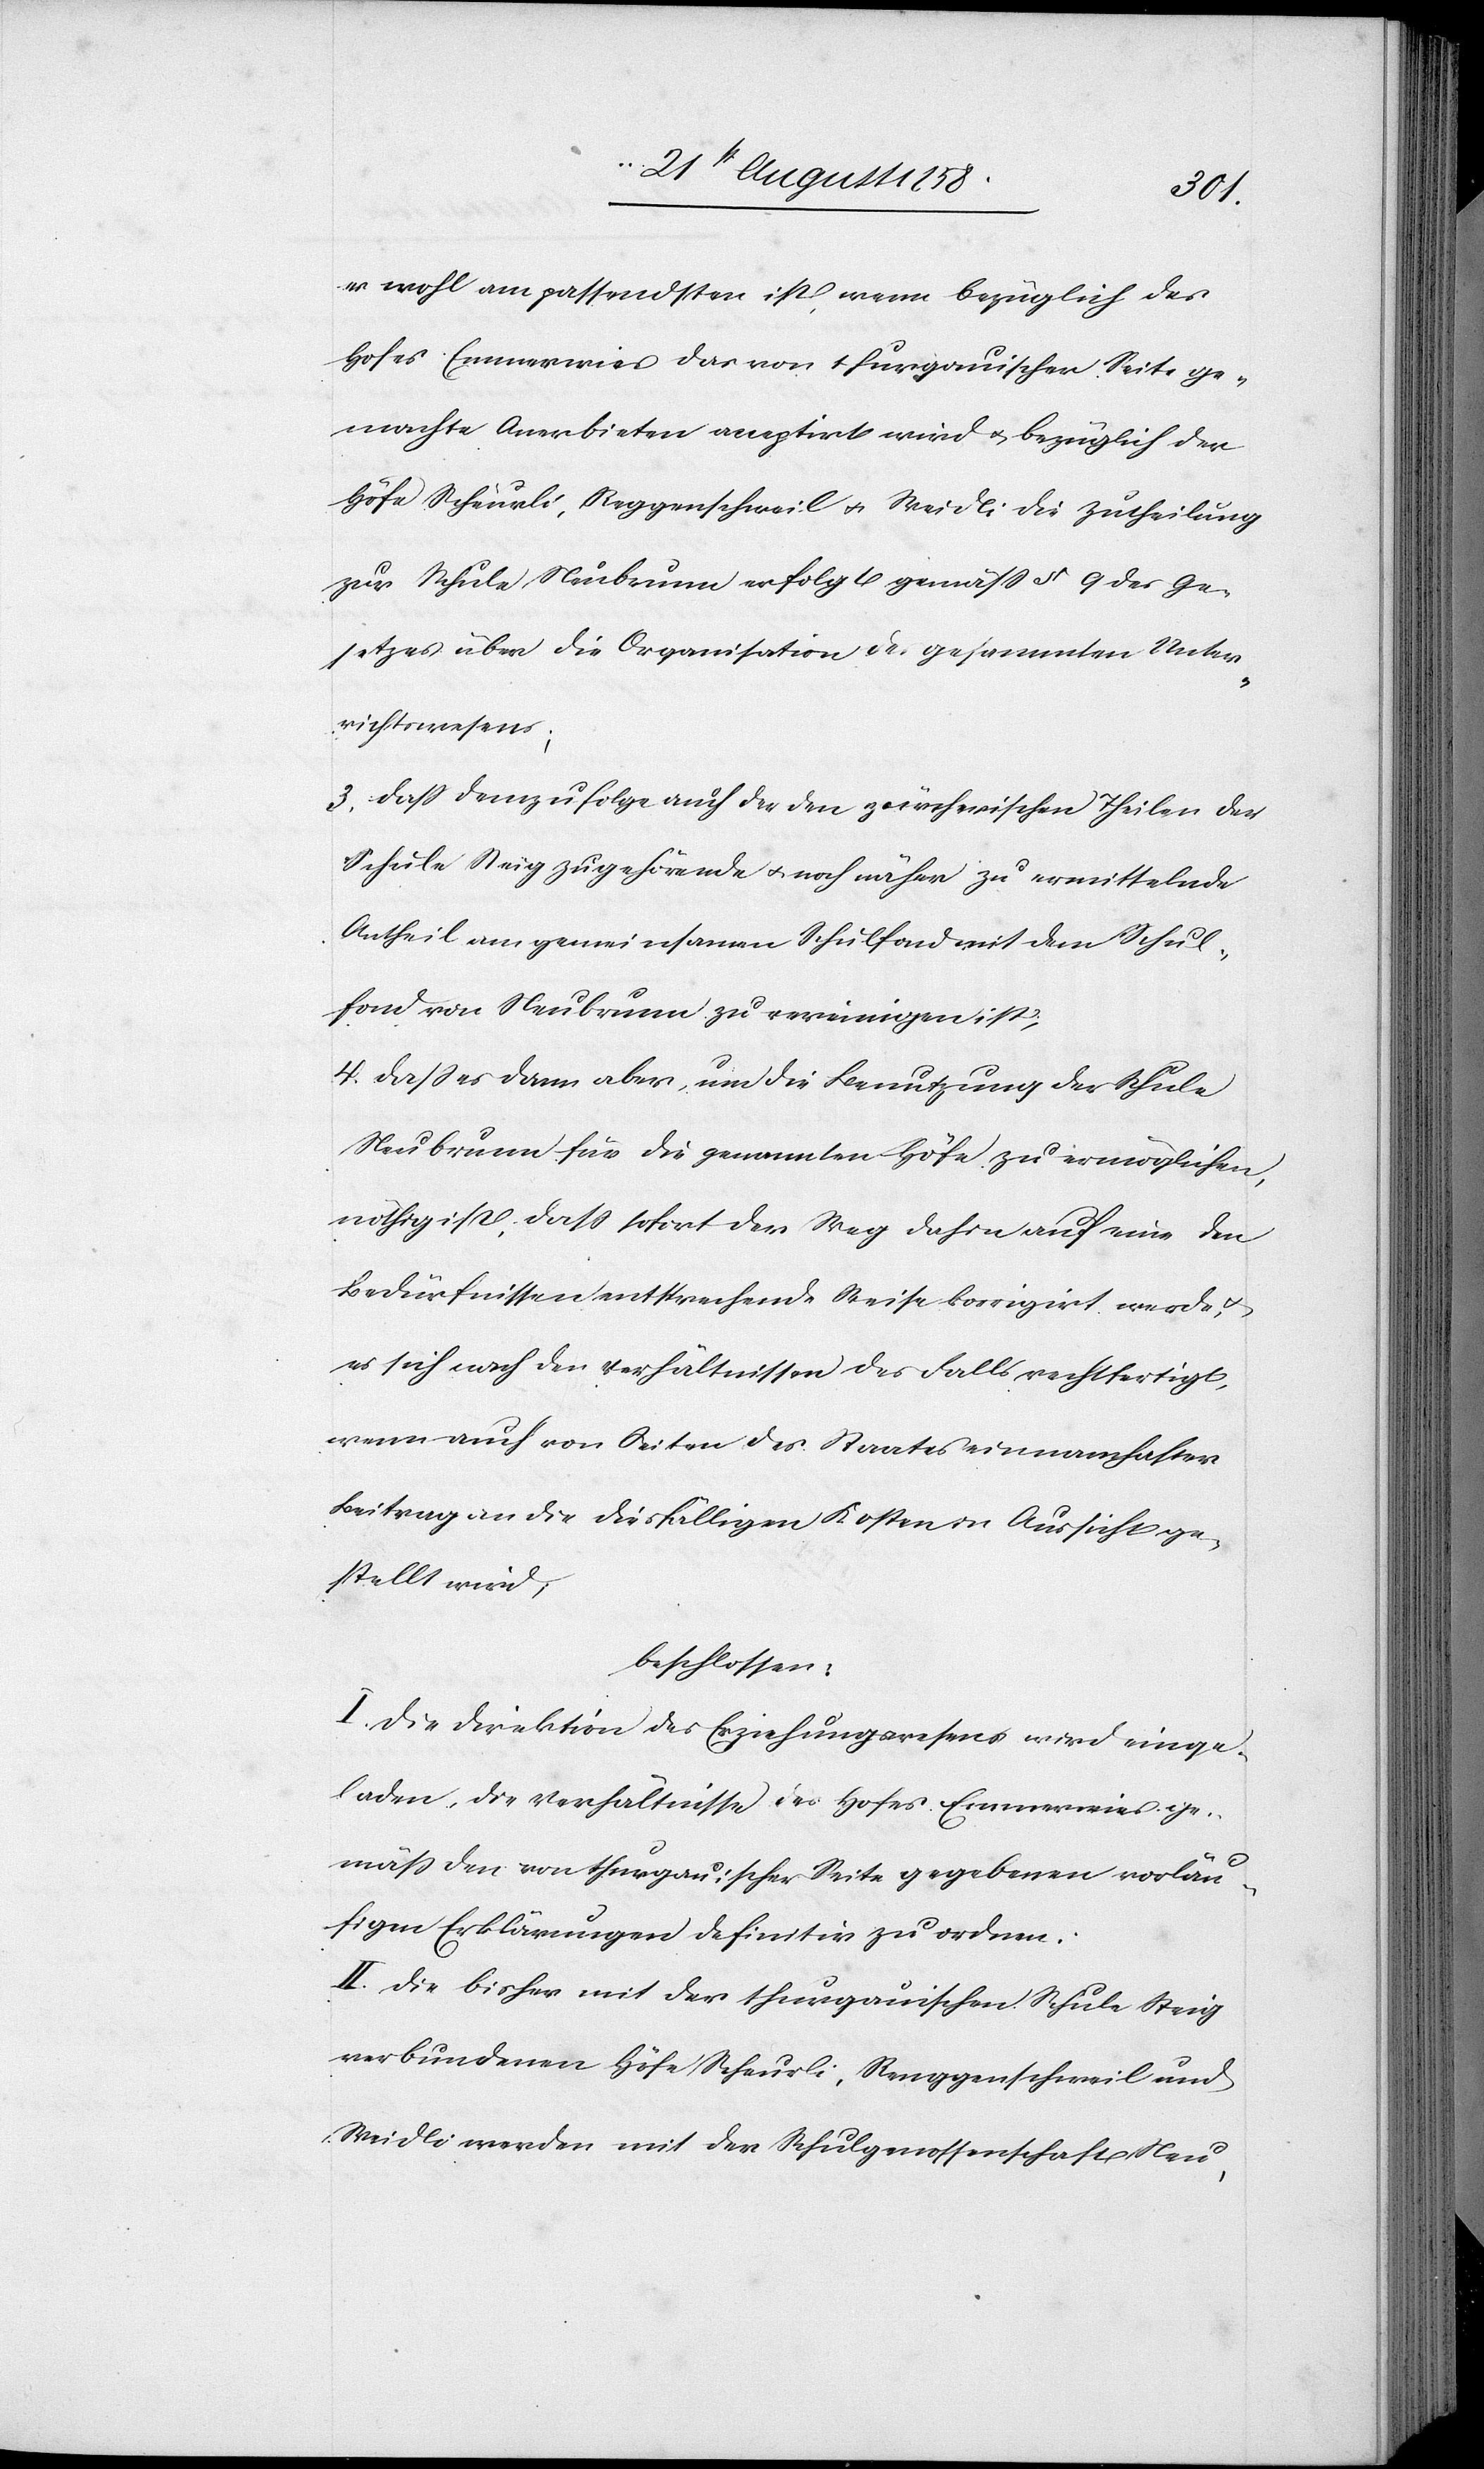
es wohl am passendsten ist, wenn bezüglich des
Hofes Emmerwies das von thurgauischer Seite ge¬
machte Anerbieten acceptirt wird & bezüglich der
Höfe Scheurli, Reggenschweil & Weidli die Zutheilung
zur Schule Neubrunn erfolgt gemäss § 9 des Ge¬
setzes über die Organisation des gesammten Unter¬
richtswesens;
3. Dass demzufolge auch der den zürcherischen Theilen der
Schule Steig zugehörende & noch näher zu ermittelnde
Antheil am gemeinsamen Schulfond mit dem Schul¬
fond von Neubrunn zu vereinigen ist;
4. Dass es dann aber, um die Benutzung der Schule
Neubrunn für die genannten Höfe zu ermöglichen,
nöthig ist, dass sofort der Weg dahin auf eine den
Bedürfnissen entsprechende Weise korrigirt werde,
es sich nach den Verhältnissen des Falls rechtfertigt,
wenn auch von Seiten des Staates ein namhafter
Beitrag an die diesfälligen Kosten in Aussicht ge¬
stellt wird;
beschlossen:
I. Die Direktion des Erziehungswesens wird einge¬
laden, die Verhältnisse des Hofes Emmerwies ge¬
mäss den von thurgauischer Seite gegebenen vorläu¬
figen Erklärungen definitiv zu ordnen.
II. Die bisher mit der thurgauischen Schule Steig
verbundenen Höfe Scheurli, Renggenschweil und
Weidli werden mit der Schulgenossenschaft Neu-